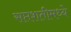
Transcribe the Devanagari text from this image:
सप्तशतीमध्ये